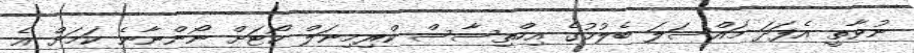
ނުވާތީ އެފަދަ މައްސަލަ ބެލުމުގެ އިހްތިސާސް ކްރިމިނަލް ކޯޓަށް ނޯންނާނެ ކަމަށް އެ